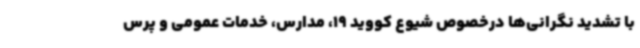
با تشدید نگرانی‌ها درخصوص شیوع کووید 19، مدارس، خدمات عمومی و پرس